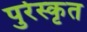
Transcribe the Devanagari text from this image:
पुर्रस्कृत